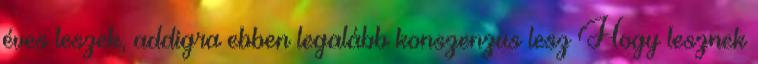
éves leszek, addigra ebben legalább konszenzus lesz Hogy lesznek